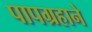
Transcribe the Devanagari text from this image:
पापग्रहाने